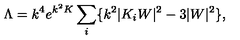
\Lambda = k ^ { 4 } e ^ { k ^ { 2 } K } \sum _ { i } \{ k ^ { 2 } | K _ { i } W | ^ { 2 } - 3 | W | ^ { 2 } \} ,